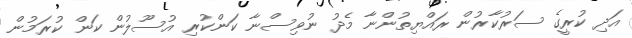
އަދި ކުރީގެ ސަރުކާރުން ރައްޔިތުންނާ މެދު ނުވިސްނާ ކަންކުރި އުސޫލުން ކަން ކުރަމުން